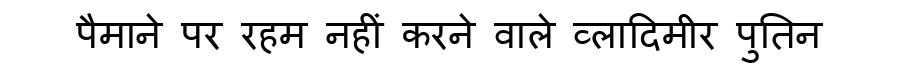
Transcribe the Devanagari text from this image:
पैमाने पर रहम नहीं करने वाले व्लादिमीर पुतिन